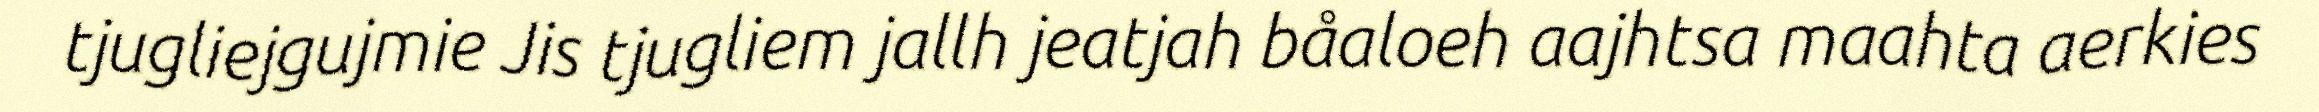
tjugliejgujmie Jis tjugliem jallh jeatjah båaloeh aajhtsa maahta aerkies